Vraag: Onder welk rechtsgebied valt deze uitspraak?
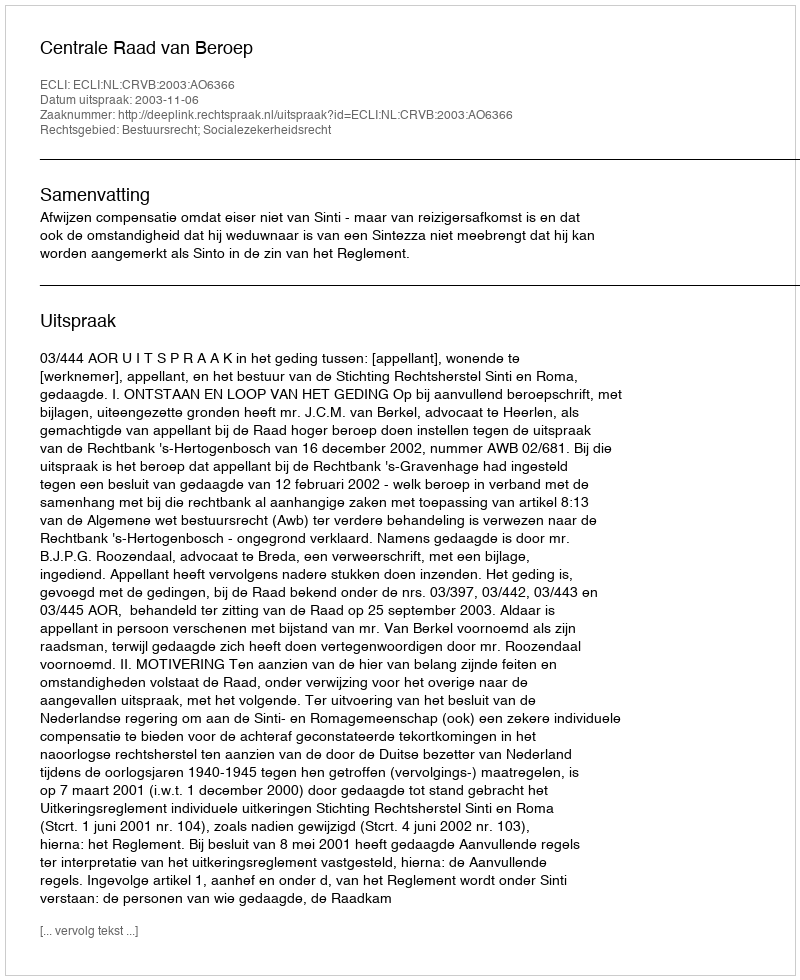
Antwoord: Bestuursrecht; Socialezekerheidsrecht